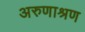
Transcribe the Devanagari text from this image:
अरुणाश्रण